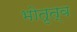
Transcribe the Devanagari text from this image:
भोतृत्व